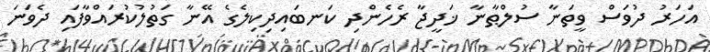
އަހަރު ދުވަސް ވީތަނާ ސުލްޠާނާ ޚަދީޖާ ރެހެންދި ކަނބައިދިކިލެގެ އޭނާ ގަތުލުކުރައްވާފައި ދެވަނަ